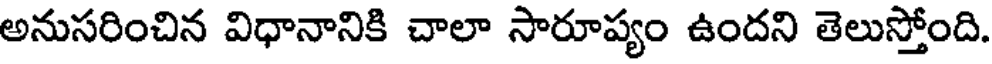
అనుసరించిన విధానానికి చాలా సారూప్యం ఉందని తెలుస్తోంది.